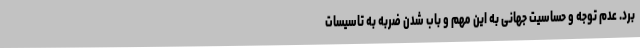
برد. عدم توجه و حساسیت جهانی به این مهم و باب شدن ضربه به تاسیسات